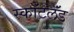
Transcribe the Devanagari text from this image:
स्कॉटलॅंड